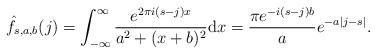
LaTeX: \begin{align*}\hat{f}_{s,a,b}(j) = \int_{-\infty}^\infty \frac{ e^{2 \pi i (s-j)x } }{ a^2 + (x + b)^2 } \mathrm{d} x = \frac{ \pi e^{ - i (s-j)b} }{ a} e^{ - a |j-s| }.\end{align*}